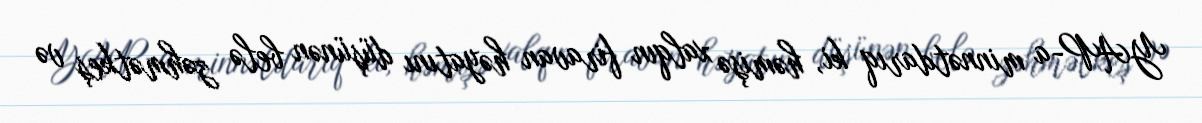
YAP-a minnətdarıq ki, həmişə xalqın firavan həyatını düşünən belə zəhmətkeş və